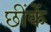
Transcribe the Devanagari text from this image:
छींकें